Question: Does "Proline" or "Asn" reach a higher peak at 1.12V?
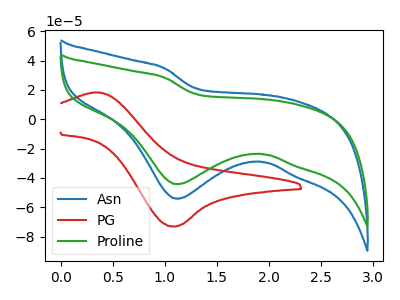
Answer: <think>The blue curve "Asn" has a cathodic peak at: (1.10V, -54.20uA). The red curve "PG" has an anodic peak at (0.35V, 18.30uA) and a cathodic peak at (1.10V, -73.20uA). The green curve "Proline" has a cathodic peak at: (1.10V, -44.25uA).</think>
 <answer>The peak at 1.12V is lower in "Proline" than in "Asn".</answer>
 <eval>lower</eval>